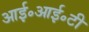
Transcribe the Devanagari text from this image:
आई॰आई॰टी